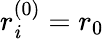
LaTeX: r_{\mathit{i}}^{(0)}=r_{0}